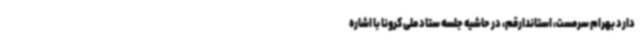
دارد بهرام سرمست، استاندارقم، در حاشیه جلسه ستاد ملی کرونا با اشاره